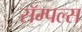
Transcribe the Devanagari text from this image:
सॅम्पल्स